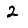
Digit: 2